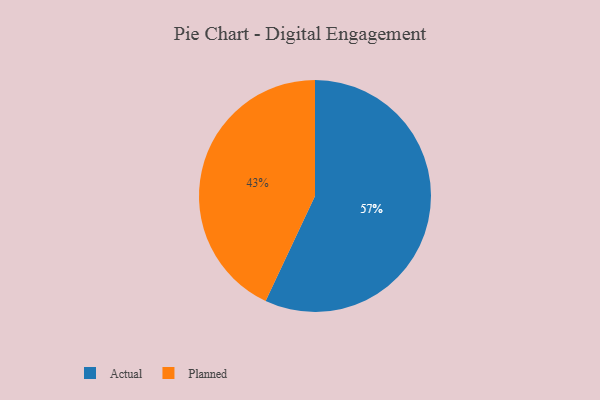
{"axis": {"x": "Category", "y": "Percentage"}, "legend": ["Actual", "Planned"], "data": [{"x": "Actual", "y": 57, "type": "Actual"}, {"x": "Planned", "y": 43, "type": "Planned"}]}